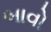
બાવો